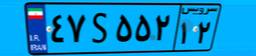
۴۷S۵۵۲۱۲